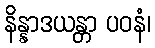
နိန္နာဒယန္တာ ပဝနံ၊